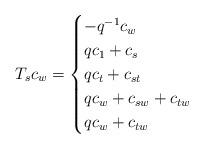
LaTeX: \begin{align*}T_sc_w=\begin{cases}-q^{-1}c_w &\\qc_1+c_s &\\qc_t+c_{st} &\\qc_w+c_{sw}+c_{tw} &\\qc_w+c_{tw} &\end{cases}\end{align*}